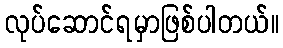
လုပ်ဆောင်ရမှာဖြစ်ပါတယ်။